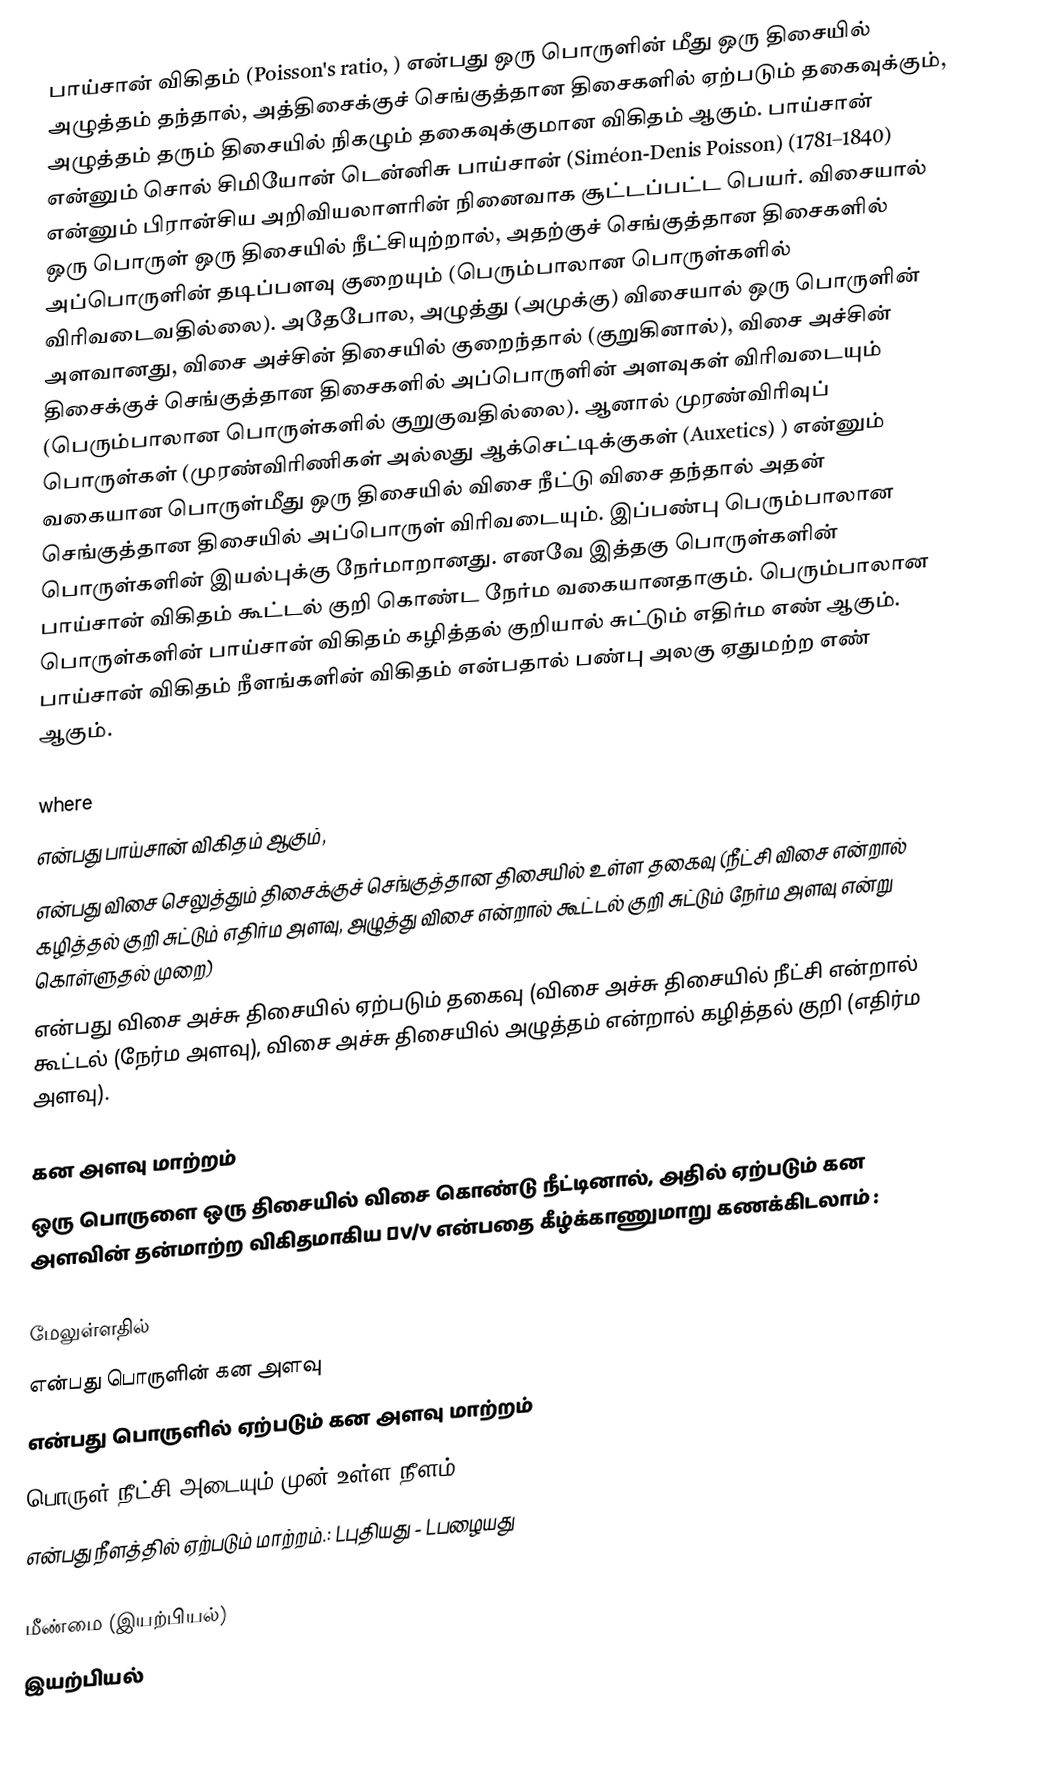
பாய்சான் விகிதம் (Poisson's ratio, ) என்பது ஒரு பொருளின் மீது ஒரு திசையில் அழுத்தம் தந்தால், அத்திசைக்குச் செங்குத்தான திசைகளில் ஏற்படும் தகைவுக்கும், அழுத்தம் தரும் திசையில் நிகழும் தகைவுக்குமான விகிதம் ஆகும். பாய்சான் என்னும் சொல் சிமியோன் டென்னிசு பாய்சான் (Siméon-Denis Poisson) (1781–1840) என்னும் பிரான்சிய அறிவியலாளரின் நினைவாக சூட்டப்பட்ட பெயர். விசையால் ஒரு பொருள் ஒரு திசையில் நீட்சியுற்றால்,  அதற்குச் செங்குத்தான திசைகளில் அப்பொருளின் தடிப்பளவு குறையும் (பெரும்பாலான பொருள்களில் விரிவடைவதில்லை). அதேபோல, அழுத்து (அமுக்கு) விசையால் ஒரு பொருளின் அளவானது, விசை அச்சின் திசையில் குறைந்தால் (குறுகினால்), விசை அச்சின் திசைக்குச் செங்குத்தான திசைகளில் அப்பொருளின் அளவுகள் விரிவடையும் (பெரும்பாலான பொருள்களில் குறுகுவதில்லை). ஆனால் முரண்விரிவுப் பொருள்கள் (முரண்விரிணிகள் அல்லது ஆக்செட்டிக்குகள் (Auxetics) ) என்னும் வகையான பொருள்மீது ஒரு திசையில் விசை நீட்டு விசை தந்தால் அதன் செங்குத்தான திசையில் அப்பொருள் விரிவடையும். இப்பண்பு பெரும்பாலான பொருள்களின் இயல்புக்கு நேர்மாறானது. எனவே இத்தகு பொருள்களின் பாய்சான் விகிதம் கூட்டல் குறி கொண்ட நேர்ம வகையானதாகும். பெரும்பாலான பொருள்களின் பாய்சான் விகிதம் கழித்தல் குறியால் சுட்டும் எதிர்ம எண் ஆகும். பாய்சான் விகிதம் நீளங்களின் விகிதம் என்பதால் பண்பு அலகு ஏதுமற்ற எண் ஆகும்.

where
 என்பது பாய்சான் விகிதம் ஆகும்,
 என்பது விசை செலுத்தும் திசைக்குச் செங்குத்தான திசையில் உள்ள தகைவு (நீட்சி விசை என்றால் கழித்தல் குறி சுட்டும் எதிர்ம அளவு, அழுத்து விசை என்றால் கூட்டல் குறி சுட்டும் நேர்ம அளவு என்று கொள்ளுதல் முறை)
 என்பது விசை அச்சு திசையில் ஏற்படும் தகைவு (விசை அச்சு திசையில்  நீட்சி என்றால் கூட்டல் (நேர்ம அளவு), விசை அச்சு திசையில் அழுத்தம் என்றால் கழித்தல் குறி (எதிர்ம அளவு).

கன அளவு மாற்றம்
ஒரு பொருளை ஒரு திசையில் விசை கொண்டு நீட்டினால், அதில் ஏற்படும் கன அளவின் தன்மாற்ற விகிதமாகிய ΔV/V என்பதை கீழ்க்காணுமாறு கணக்கிடலாம்  :

மேலுள்ளதில்
 என்பது பொருளின் கன அளவு
 என்பது பொருளில் ஏற்படும் கன அளவு மாற்றம்
 பொருள் நீட்சி அடையும் முன் உள்ள நீளம்
 என்பது நீளத்தில் ஏற்படும் மாற்றம்.: Lபுதியது - Lபழையது

மீண்மை (இயற்பியல்)
இயற்பியல்